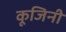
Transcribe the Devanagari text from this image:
कूजिनी